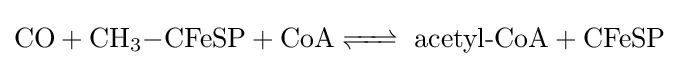
{\ce {CO + CH3-CFeSP + CoA <=>}}{\text{ acetyl-CoA}}+{\ce {CFeSP}}